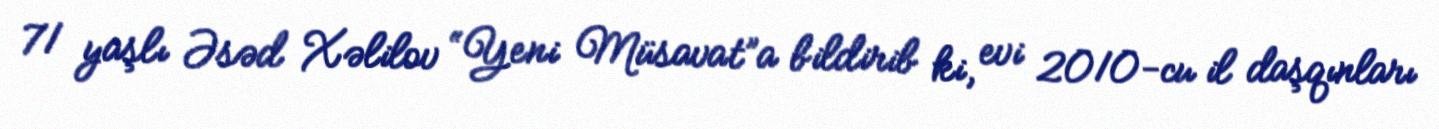
71 yaşlı Əsəd Xəlilov “Yeni Müsavat”a bildirib ki, evi 2010-cu il daşqınları